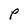
Character: P